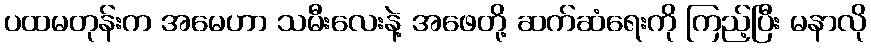
ပထမတုန်းက အမေဟာ သမီးလေးနဲ့ အဖေတို့ ဆက်ဆံရေးကို ကြည့်ပြီး မနာလို